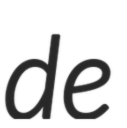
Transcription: de